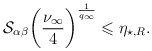
\begin{align*} \mathcal{S}_{\alpha\beta} \bigg( \frac{\nu_{\infty}}{4} \bigg) ^{\frac{1}{q_{\infty}}} \leqslant \eta_{\star, R} . \end{align*}